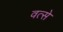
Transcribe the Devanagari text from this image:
वत्से